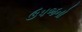
ઉપજનો